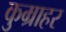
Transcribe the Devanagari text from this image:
कुम्राहर